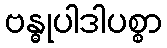
ဗန္ဓုပါဒါပစ္စာ